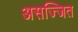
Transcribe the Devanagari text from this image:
असज्जित